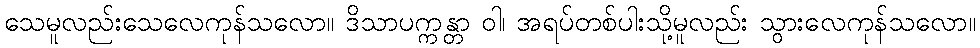
သေမူလည်းသေလေကုန်သလော။ ဒိသာပက္ကန္တာ ဝါ၊ အရပ်တစ်ပါးသို့မူလည်း သွားလေကုန်သလော။